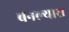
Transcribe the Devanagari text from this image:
बनल्यास